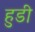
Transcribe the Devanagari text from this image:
हुडी